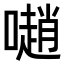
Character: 𡁻